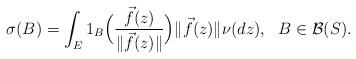
\begin{align*}\sigma(B)= \int_{E} 1_B\Big(\frac{\vec{f}(z)}{\|\vec{f}(z)\|}\Big) \|\vec{f}(z)\| \nu(dz),\ \ B\in {\cal B}(S).\end{align*}